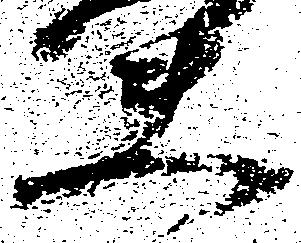
夫